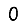
Digit: 0